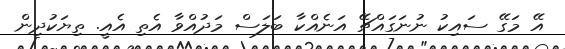
އޭ މަގޭ ސައިކު ނުނަގައްޗޭ އަނެއްކާ ބަލަސް މަދުއްވާ އެތި އެއީ. ތިޔަކުދިން